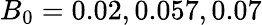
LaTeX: B_{0}=0.02,0.057,0.07